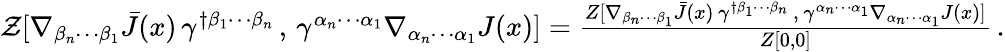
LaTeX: \begin{array}{r}{\mathcal{Z}[\nabla_{\beta_{n}\cdots\beta_{1}}\bar{J}(x)\, \gamma^{\dagger\beta_{1}\cdots\beta_{n}}\, ,\, \gamma^{\alpha_{n}\cdots\alpha_{1}}\nabla_{\alpha_{n}\cdots\alpha_{1}}J(x)]=\frac{Z[\nabla_{\beta_{n}\cdots\beta_{1}}\bar{J}(x)\, \gamma^{\dagger\beta_{1}\cdots\beta_{n}}\, ,\, \gamma^{\alpha_{n}\cdots\alpha_{1}}\nabla_{\alpha_{n}\cdots\alpha_{1}}J(x)]}{Z[0,0]}\, .}\end{array}